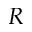
R